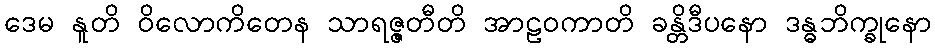
ဒေမ နူတိ ဝိလောကိတေန သာရဇ္ဇတီတိ အာဠဝကာတိ ခန္တိဒီပနော ဒန္ဓဘိက္ခုနော